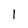
Character: 1